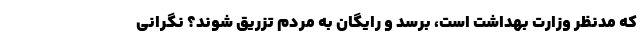
که مدنظر وزارت بهداشت است، برسد و رایگان به مردم تزریق شوند؟ نگرانی